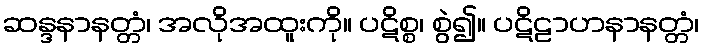
ဆန္ဒနာနတ္တံ၊ အလိုအထူးကို။ ပဋိစ္စ၊ စွဲ၍။ ပဋိဠာဟနာနတ္တံ၊